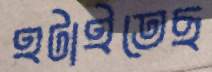
হটাইতেছ